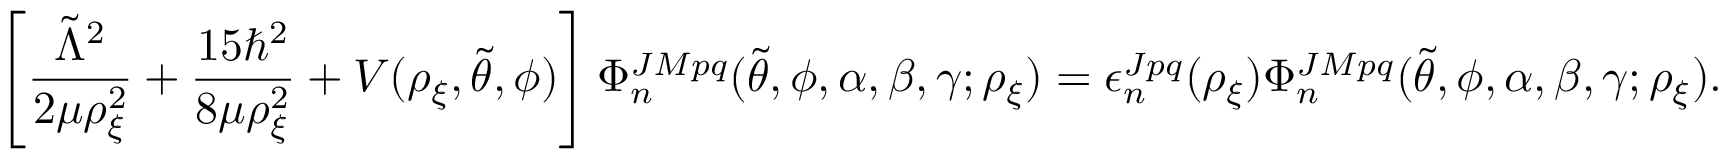
\left[ \frac { \Tilde { \Lambda } ^ { 2 } } { 2 \mu \rho _ { \xi } ^ { 2 } } + \frac { 1 5 \hbar ^ { 2 } } { 8 \mu \rho _ { \xi } ^ { 2 } } + V ( \rho _ { \xi } , \Tilde { \theta } , \phi ) \right] \Phi _ { n } ^ { J M p q } ( \Tilde { \theta } , \phi , \alpha , \beta , \gamma ; \rho _ { \xi } ) = \epsilon _ { n } ^ { J p q } ( \rho _ { \xi } ) \Phi _ { n } ^ { J M p q } ( \Tilde { \theta } , \phi , \alpha , \beta , \gamma ; \rho _ { \xi } ) .